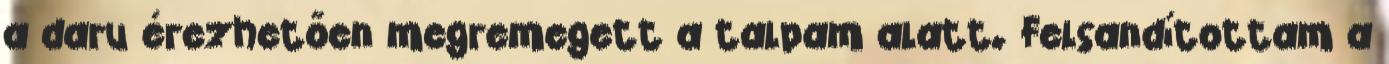
a daru érezhetően megremegett a talpam alatt. Felsandítottam a